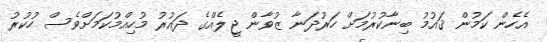
އެހެން ކަމުން ޤައުމު ބިނާކުރުމަށް ހަރުދަނާ ޒުވާން ޖީލެއްގެ ދައުރު މުހިއްމުކަމަށްވެސް ހުކުރު